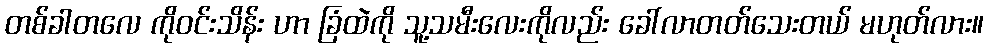
တစ်ခါတလေ ကိုဝင်းသိန်း ဟာ ခြံထဲကို သူ့သမီးလေးကိုလည်း ခေါ်လာတတ်သေးတယ် မဟုတ်လား။